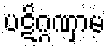
ပဋိဂ္ဂဏှာမ